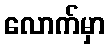
လောက်မှာ